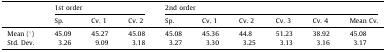
<table><thead><tr><td>[EMPTY_CELL]</td><td colspan="3"><b>1st order</b></td><td colspan="6"><b>2nd order</b></td></tr><tr><td>[EMPTY_CELL]</td><td><b>Sp.</b></td><td><b>Cv. 1</b></td><td><b>Cv. 2</b></td><td><b>Sp.</b></td><td><b>Cv. 1</b></td><td><b>Cv. 2</b></td><td><b>Cv. 3</b></td><td><b>Cv. 4</b></td><td><b>Mean Cv.</b></td></tr></thead><tbody><tr><td>Mean (°)</td><td>45.09</td><td>45.27</td><td>45.08</td><td>45.08</td><td>45.36</td><td>44.8</td><td>51.23</td><td>38.92</td><td>45.08</td></tr><tr><td>Std. Dev.</td><td>3.26</td><td>9.09</td><td>3.18</td><td>3.27</td><td>3.30</td><td>3.25</td><td>3.13</td><td>3.16</td><td>3.17</td></tr></tbody></table>